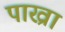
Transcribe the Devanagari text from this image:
पाख्रा